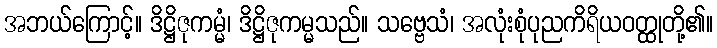
အဘယ်ကြောင့်။ ဒိဋ္ဌိဇုကမ္မံ၊ ဒိဋ္ဌိဇုကမ္မသည်။ သဗ္ဗေသံ၊ အလုံးစုံပုညကိရိယဝတ္ထုတို့၏။